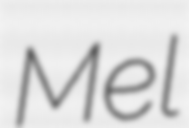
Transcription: Mel